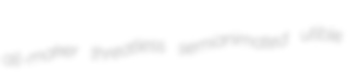
all-maker threatless semianimated utible